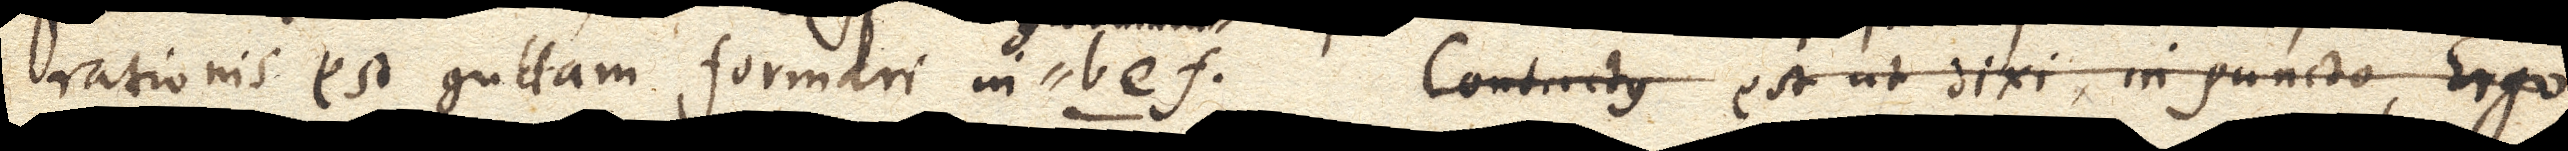
rationis est guttam formari in bef. Contactus est ut dixi in puncto, Ergo